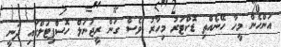
އަންހެން މީހާ ހޭނެއްތި ޑޮކްޓަރު މިހާރު ވެސް ގަން ރީޖަނަލް ހޮސްޕިޓަލްގައި ދަނީ